Vaccine operations Central Provinces 1868-1885 - 1868-1885
Year: 1868
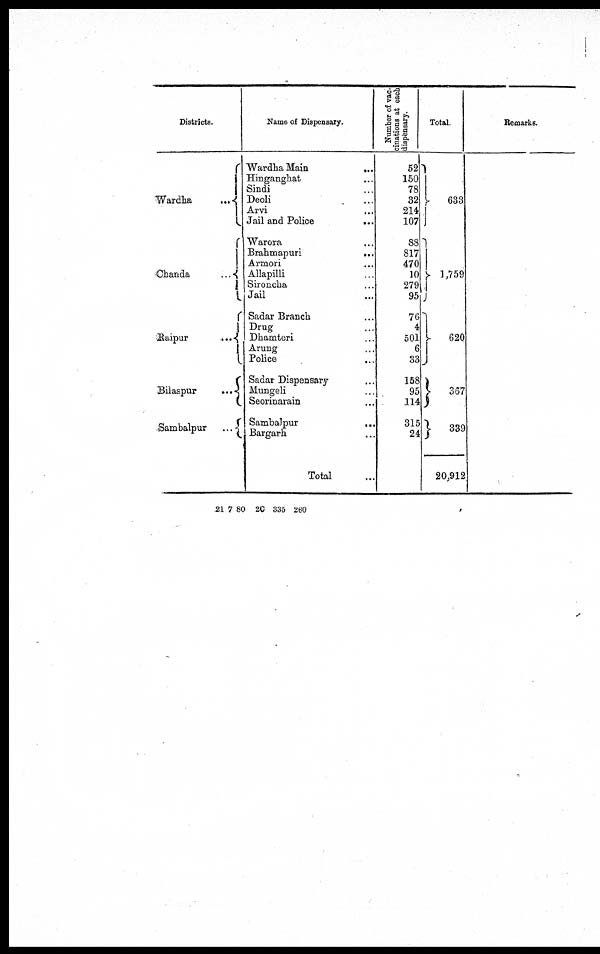
Districts.
Wardha
...
Chanda
...
Raipur
...
Bilaspur
...
Sambalpur
...
Name of Dispensary.
Wardha Main
...
Hinganghat ...
Sindi ...
Deoli ...
Arvi ...
Jail and Police
...
Warora ...
Brahmapuri
...
Armori ...
Allapilli ...
Sironcha ...
Jail ...
Sadar Branch ...
Drug ...
Dhamteri ...
Arung ...
Police
...
Sadar Dispensary ...
Mungeli ...
Seorinarain ...
Sambalpur
...
Bargarh ...
Total ...
Number of vac-
cinations at each
dispensary.
52
150
78
32
214
107
88
817
470
10
279
95
76
4
501
6
33
158
95
114
315
24
Total.
633
1,759
620
367
339
20,912
Remarks.
21 7 80 2C 335 260